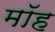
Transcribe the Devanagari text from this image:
मॉह